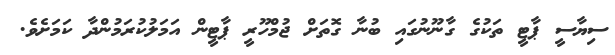
ސިޔާސީ ޕާޓީ ތަކުގެ ގާނޫނުގައި ބުނާ ގޮތަށް ޖުމްހޫރީ ޕާޓީން އަމަލުކުރަމުންދާ ކަމަށެވެ.